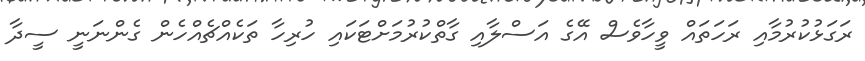
ރަގަޅުކުރުމާއި ރަހަތައް ވީހާވެސް އޭގެ އަސްލާއި ގާތްކުރުމަށްޓަކައި ހުރިހާ ތަކެއްޗެއްހެން ގެންނަނީ ސީދާ